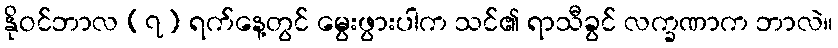
နိုဝင်ဘာလ (၇) ရက်နေ့တွင် မွေးဖွားပါက သင်၏ ရာသီခွင် လက္ခဏာက ဘာလဲ။